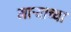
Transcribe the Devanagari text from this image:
मार्‍याच्या